Voru_kinnistusamet, lk 9
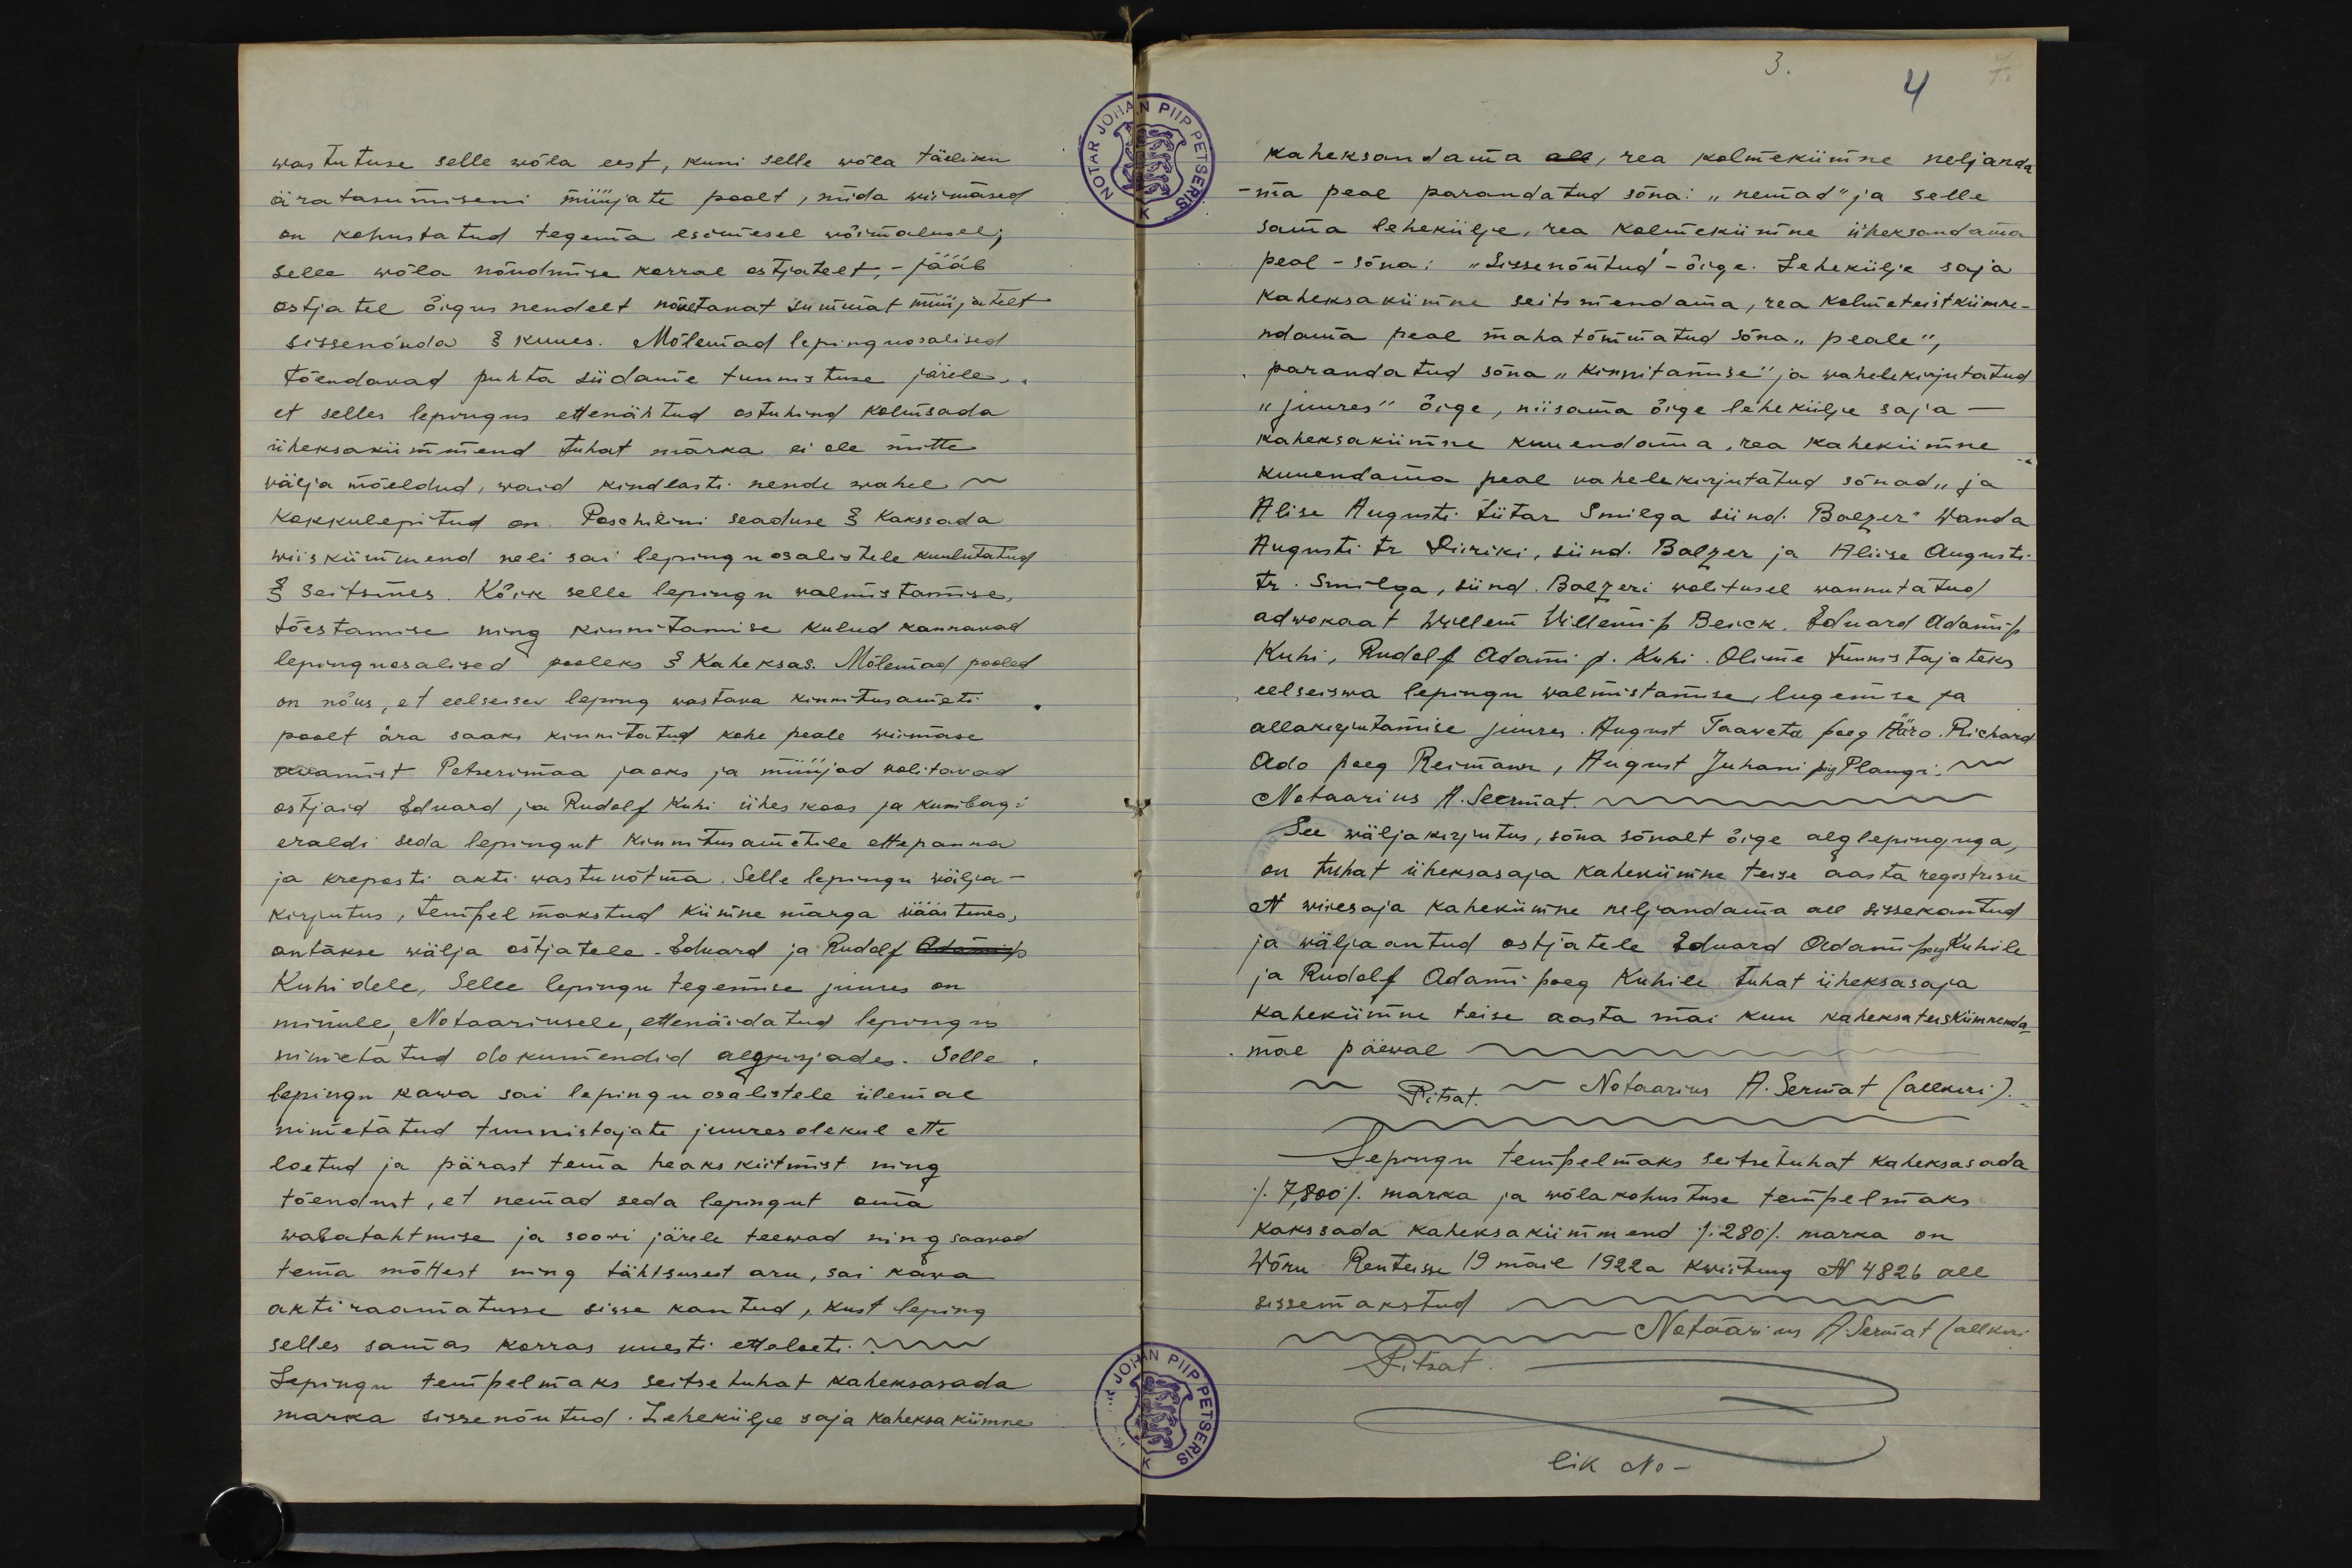
wastutuse selle wõla eest, kuni selle wõla täeliku
äratasumiseni müüjate poolt, mida wiimased
on kohustatud tegema esimesel wõimalusel;
Selle wõla nõudmise korral ostjatelt, - jääb
ostjatel õigus nendelt nõuetavat summat müüjatelt
sissenõuda § kuues. Mõlemad lepinguosalised
tõendavad puhta südame tunnistuse järele,
et selles lepingus ettenähtud ostuhind kolmsada
üheksakümmend tuhat marka ei ole mitte
välja mõeldud, waid kindlasti nende wahel
kokkulepitud on. Peschilini seaduse § kaksada
wiiskümmend neli sai lepinguosalistele kuulutatud
§ seitsmes. Kõik selle lepingu walmistamise,
tõestamise ning kinnitamise kulud kannavad
lepinguosalised pooleks § kaheksas. Mõlemad pooled
on nõus, et eelseisew leping wastava kinnitusameti
poolt ära saaks kinnitatud kohe peale wiimase
awamist Petserimaa jaoks ja müüjad wolitavad
ostjaid Eduard ja Rudolf Kuhi ühes koos ja kumbagi
eraldi seda lepingut kinnitusametile ettepanna
ja kreposti akti wastuvõtma. Selle lepingu wälja-
kirjutus, tempel makstud kümne marga väärtuses,
antakse wälja ostjatele. Eduard ja Rudolf Adami p.
Kuhidele, Selle lepingu tegemise juures on
minule, Notaariusele, ettenäidatud lepingus
nimetatud dokumendid algkirjades. Selle,
lepingu kawa sai lepinguosalistele ülemal
nimetatud tunnistajate juuresolekul ette
loetud ja pärast tema heakskiitmist ning
tõendust, et nemad seda lepingut oma
wabatahtmise ja soovi järele teewad ning saavad
tema mõttest ning tähtsusest aru, sai kawa
akti raamatusse sisse kantud, kust leping
selles sama korras uuesti etteloeti.
Lepingu tempelmaks seitse tuhat kaheksasada
marka sissenõutud. Lehekülje saja kaheksakümne

4
kaheksandama all, rea kolmekümne neljanda
-ma peal parandatud sõna: "nemad" ja selle
sama lehekülje, rea kolmekümne üheksandama
peal - sõna. "Sissenõutud - õige. Lehekülje saja-
kaheksakümne seitsmendama, rea kolmeteistkümne-
ndama peal maha tõmmatud sõna "peale",
parandatud sõna "kinnitamise" ja wahelekirjutatud
"juures" õige, niisama õige lehekülje saja -
kaheksakümne kuuendama, rea kahekümne
kuuendama peal wahelekirjutatud sõnad "ja
Alise Augusti tütar Smilga sünd. Balzer" Wanda
Augusti tr Piiriki, sünd. Balzer ja Aliise Augusti
tr. Smilga, sünd Balzeri walitusel wannutatud
adwokaat Willem Willemi p. Beick, Eduard Adami p.
Kuhi, Rudolf Adami p. Kuhi. Olime tunnistajateks
eelseiswa lepingu walmistamise, lugemise ja
allakirjutamise juures. August Taaweta poeg Ääro. Richard
Ado poeg Reimann, August Juhani poig Plangi,
Notaarius A. Seermat.
See wäljakirjutus, sõna sõnalt õige alglepinguga,
on tuhat üheksasaja kahekümne teise aasta registrisse
N wiiesaja kahekümne neljandama all sissekantud
ja wäljaantud ostjatele Eduard Adami poeg Kuhile
ja Rudolf Adami poeg Kuhile tuhat üheksasaja
kahekümne teise aasta mai kuu kaheksateiskümneda
mal päewal
- Pitsat - Notaarius A. Sermat (allkiri).
Lepingu tempelmaks seitsetuhat kaheksasada
/7,800/ marka ja wõlakohustuse tempelmaks
kakssada kaheksakümmend /280/ marka on
Wõru Renteisse 19 mail 1922a kwiitung N 4826 all
sissemakstud -
- Notaarius A. Sermat / allkiri
Pitsat
lik No -